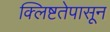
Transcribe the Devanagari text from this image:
क्लिष्टतेपासून